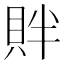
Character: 𬥓